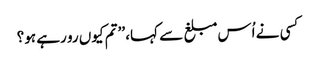
کسی نے اُس مبلغ سے کہا، ’’تم کیوں رو رہے ہو؟